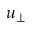
u _ { \perp }